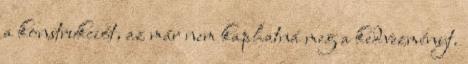
a konstrukciót, az már nem kaphatná meg a kedvezményt.